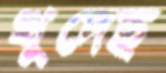
খুদেছ